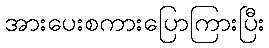
အားပေးစကားပြောကြားပြီး